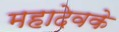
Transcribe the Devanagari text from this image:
महादेवके